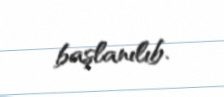
başlanılıb.